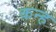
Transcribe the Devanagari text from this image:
कन्ह